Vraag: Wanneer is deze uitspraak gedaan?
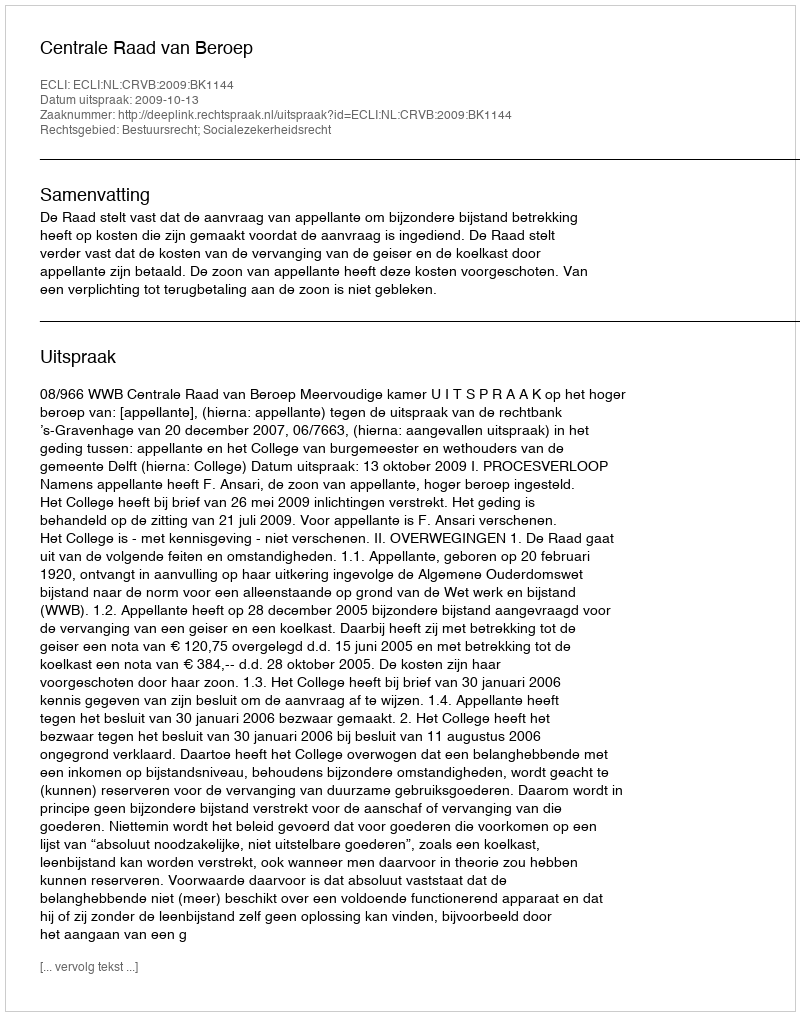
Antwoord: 2009-10-13